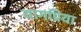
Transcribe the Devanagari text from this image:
यागप्रिया